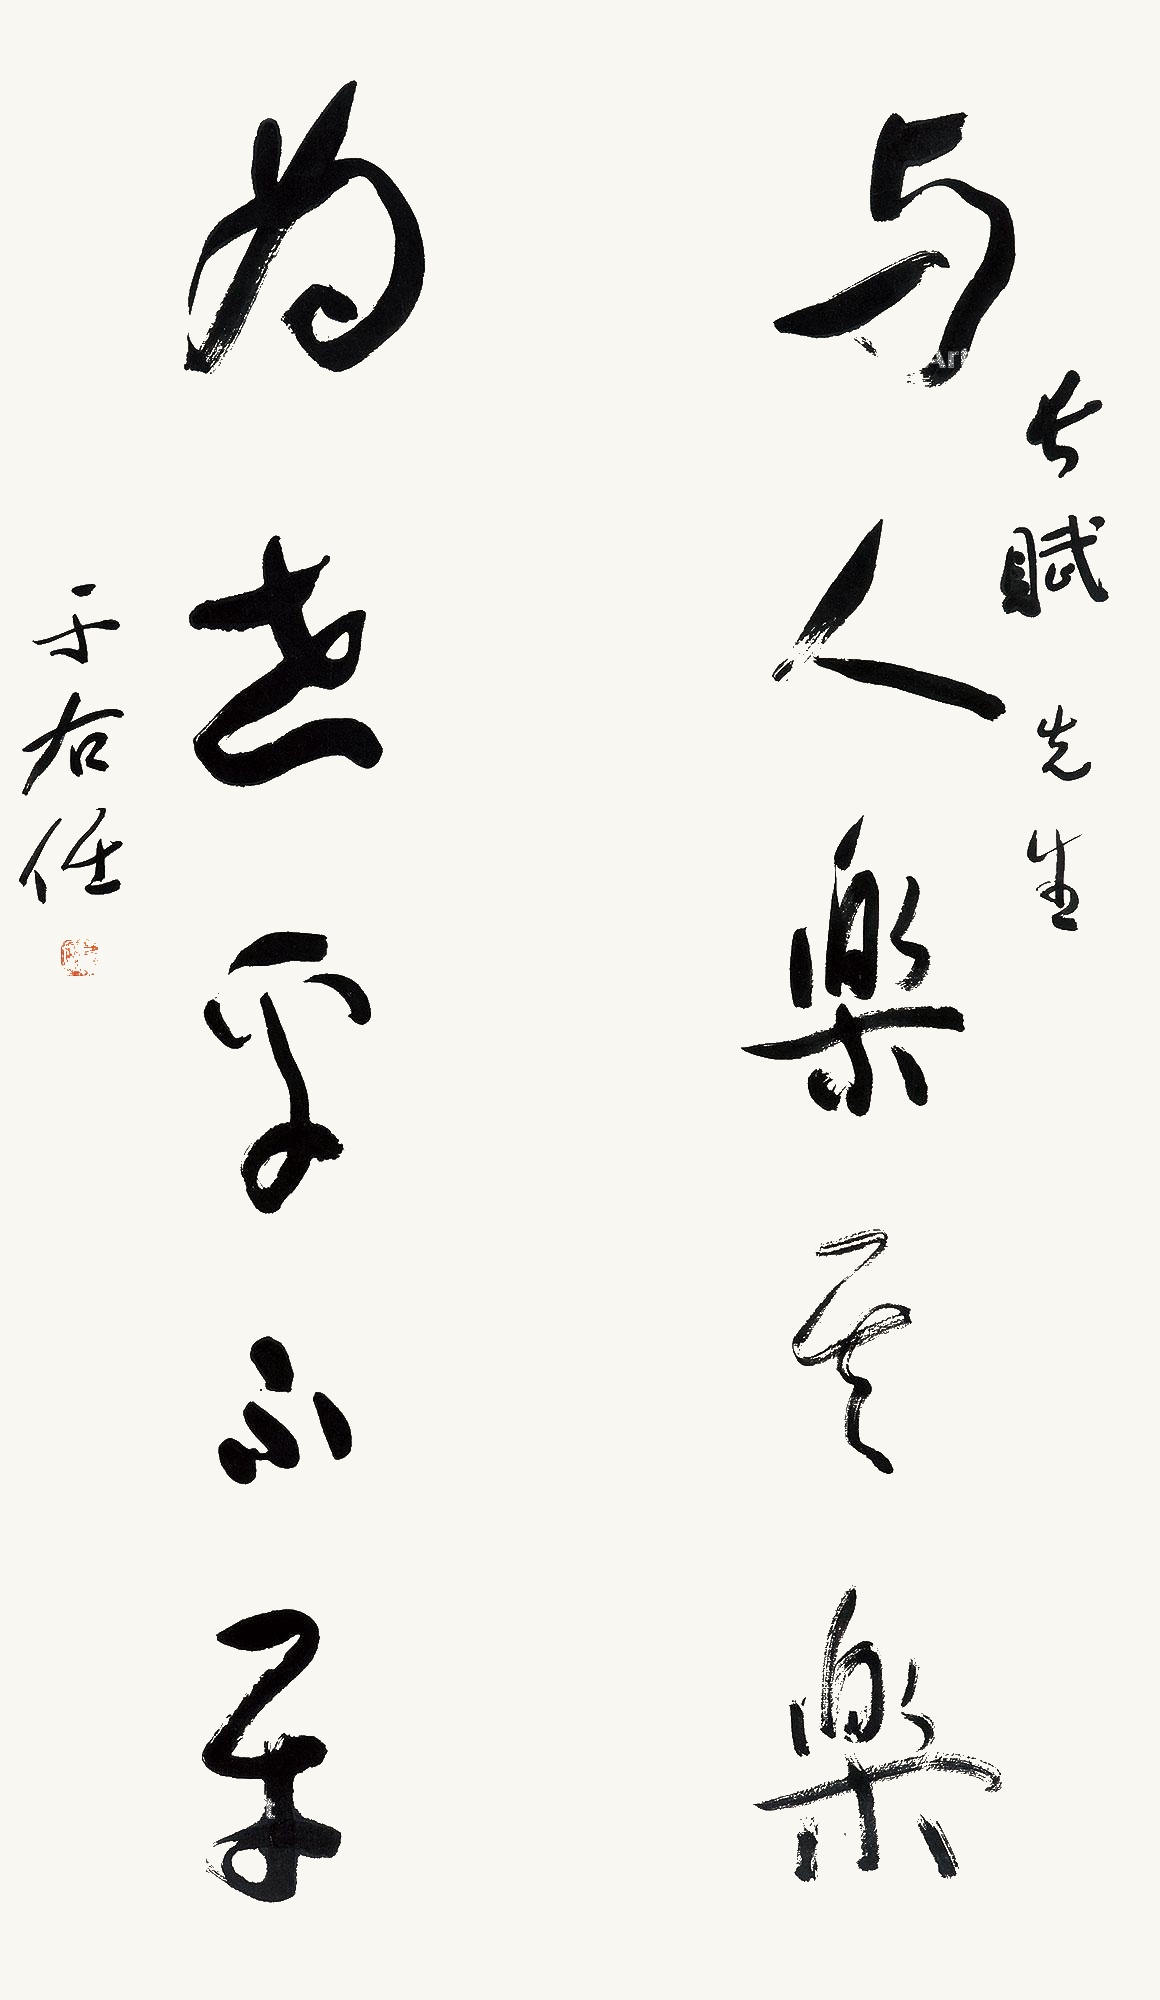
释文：与人乐其乐，为世平不平。长赋先生，于右任。